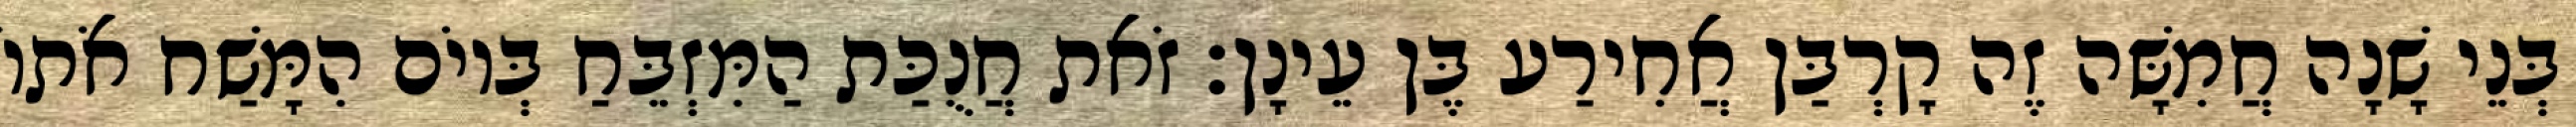
בְּנֵי שָׁנָה חֲמִשָּׁה זֶה קָרְבַּן אֲחִירַע בֶּן עֵינָן׃ זֹאת חֲנֻכַּת הַמִּזְבֵּחַ בְּיוֹם הִמָּשַׁח אֹתוֹ